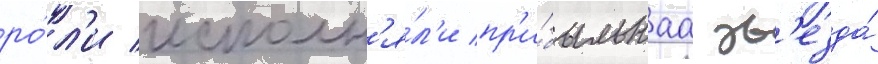
ро́л'и исполн'я́л'и пр'и́быльнаа зв'езда́